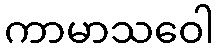
ကာမာသဝေါ